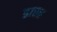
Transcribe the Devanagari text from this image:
डारत